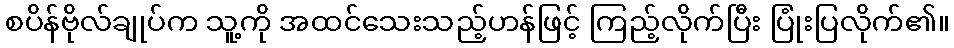
စပိန်ဗိုလ်ချုပ်က သူ့ကို အထင်သေးသည့်ဟန်ဖြင့် ကြည့်လိုက်ပြီး ပြုံးပြလိုက်၏။